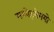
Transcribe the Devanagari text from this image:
मध्येहमेमयो